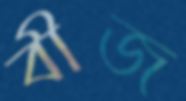
বীজ